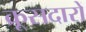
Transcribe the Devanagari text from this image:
क्रूसदारों